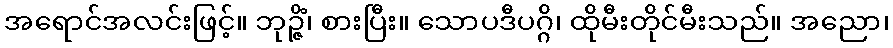
အရောင်အလင်းဖြင့်။ ဘုဉ္ဇိံ၊ စားပြီး။ သောပဒီပဂ္ဂိ၊ ထိုမီးတိုင်မီးသည်။ အညော၊